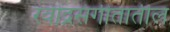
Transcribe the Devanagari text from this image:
रवींद्रसंगीतातील